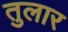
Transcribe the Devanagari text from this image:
तुलार